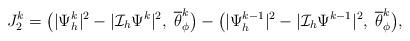
LaTeX: \begin{align*}J_2^{k} = \big( |\Psi_{h}^{k}|^{2} - |\mathcal{I}_{h}\Psi^{k}|^{2},\; \overline{\theta}_{\phi}^{k} \big) - \big( |\Psi_{h}^{k-1}|^{2} - |\mathcal{I}_{h}\Psi^{k-1}|^{2},\; \overline{\theta}_{\phi}^{k} \big), \end{align*}